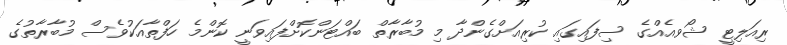
ރިއަލިޓީ ޝޯވއެއްގެ ސިފައިގައި ކުރިއަށްގެންދާ މި މުބާރާތް ބައްޓަންކޮށްފައިވަނީ ކޮންމެ ހަފްތާއަކުވެސް މުބާރާތުގެ